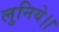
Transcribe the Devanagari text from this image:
लुनिये।।